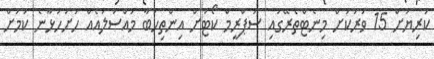
ކުރިޔަށް 15 ވަރަކަށް މިނެޓްތެރޭގައި ސުޕްރީމް ކޯޓަށް އިންތިހަބާ މައްސަލައެއް ހުށަހަޅާނެ ކަމަށް